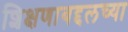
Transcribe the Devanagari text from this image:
शिक्षणाबद्दलच्या